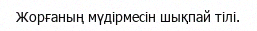
Жорғаның мүдірмесін шықпай тілі.